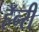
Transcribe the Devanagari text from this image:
हॅन्‍री